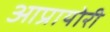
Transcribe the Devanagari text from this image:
आप्रायोरी